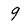
Character: 9